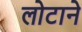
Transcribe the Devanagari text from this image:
लोटाने